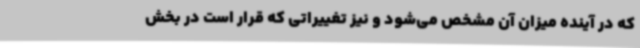
که در آینده میزان آن مشخص می‌شود و نیز تغییراتی که قرار است در بخش